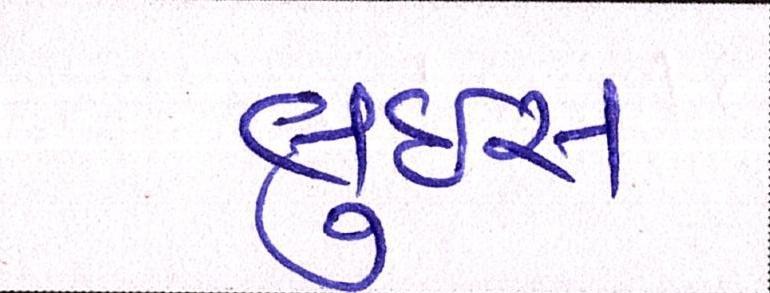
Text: લુઇસ